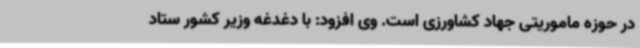
در حوزه ماموریتی جهاد کشاورزی است. وی افزود: با دغدغه وزیر کشور ستاد